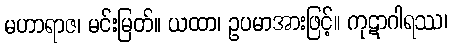
မဟာရာဇ၊ မင်းမြတ်။ ယထာ၊ ဥပမာအားဖြင့်။ ကုဋာဂါရဿ၊